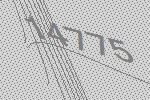
14775